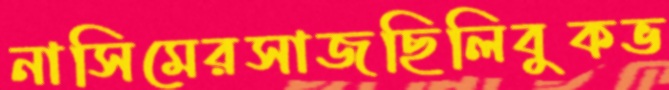
নাসিমেরসাজছিলিবুকভ